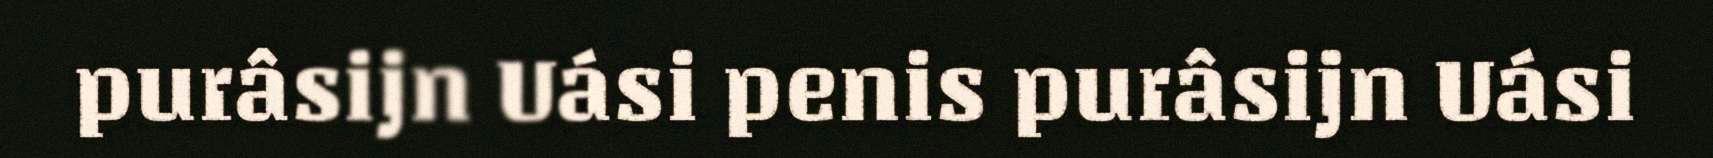
purâsijn Uási penis purâsijn Uási